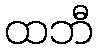
ထဘီ